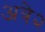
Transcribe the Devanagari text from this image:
अत्रे२